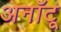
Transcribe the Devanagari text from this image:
अनॉटू